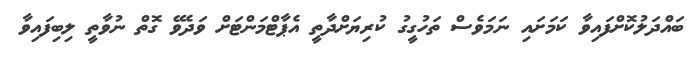
ބައްދަލުކޮށްފައިވާ ކަމަށައި ނަމަވެސް ތަހުގީގު ކުރިޔަށްދާތީ އެޕާޓްމަންޓަށް ވަދެވޭ ގޮތް ނުވާތީ ލިބިފައިވާ